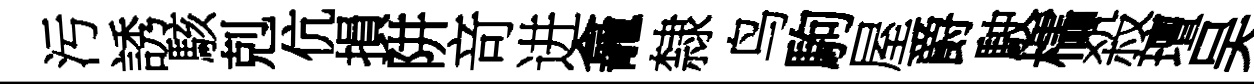
污誘駭剋伉損阱竒进龕隸鸟駒屋爵駛櫺殺璮吴